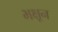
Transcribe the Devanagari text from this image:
भक्षून